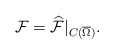
\begin{align*} \mathcal{F}=\widehat{\mathcal{F}}|_{C(\overline{\Omega})}.\end{align*}